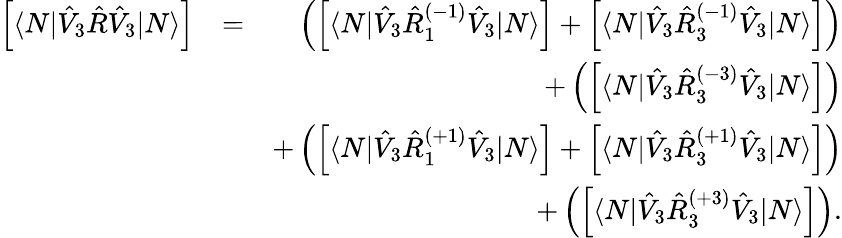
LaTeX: \begin{array}{rlr}{\left[\langle N|\hat{V}_{3}\hat{R}\hat{V}_{3}|N\rangle\right]}&{=}&{\left(\left[\langle N|\hat{V}_{3}\hat{R}_{1}^{(-1)}\hat{V}_{3}|N\rangle\right]+\left[\langle N|\hat{V}_{3}\hat{R}_{3}^{(-1)}\hat{V}_{3}|N\rangle\right]\right)}\\ &{}&{+\left(\left[\langle N|\hat{V}_{3}\hat{R}_{3}^{(-3)}\hat{V}_{3}|N\rangle\right]\right)}\\ &{}&{+\left(\left[\langle N|\hat{V}_{3}\hat{R}_{1}^{(+1)}\hat{V}_{3}|N\rangle\right]+\left[\langle N|\hat{V}_{3}\hat{R}_{3}^{(+1)}\hat{V}_{3}|N\rangle\right]\right)}\\ &{}&{+\left(\left[\langle N|\hat{V}_{3}\hat{R}_{3}^{(+3)}\hat{V}_{3}|N\rangle\right]\right).}\end{array}